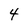
Character: 4